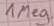
Text: 1Meg.